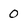
Character: 0